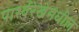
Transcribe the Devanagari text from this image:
पार्श्वरेखेमधील